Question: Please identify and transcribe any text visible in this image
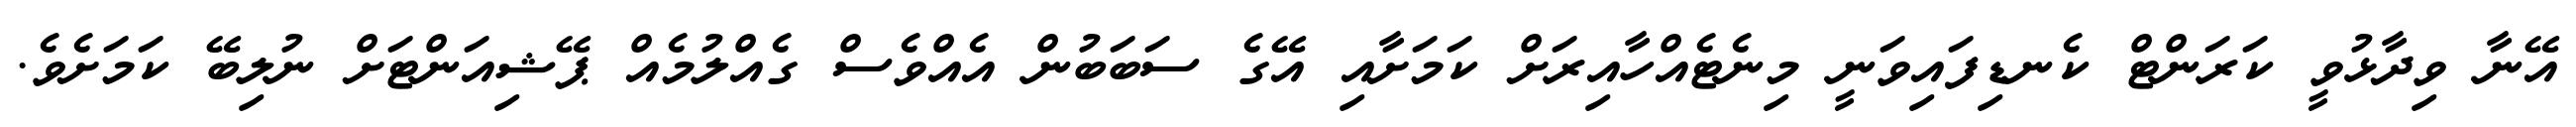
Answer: އޭނާ ވިދާޅުވީ ކަރަންޓް ކެނޑިފައިވަނީ މިނެޓެއްހާއިރަށް ކަމަށާއި އޭގެ ސަބަބުން އެއްވެސް ގެއްލުމެއް ޕޭޝިއަންޓަށް ނުލިބޭ ކަމަށެވެ.